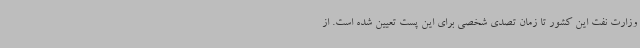
وزارت نفت این کشور تا زمان تصدی شخصی برای این پست تعیین شده است. از